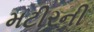
મટીરની